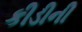
કીડીની